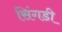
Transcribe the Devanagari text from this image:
सिंगडी